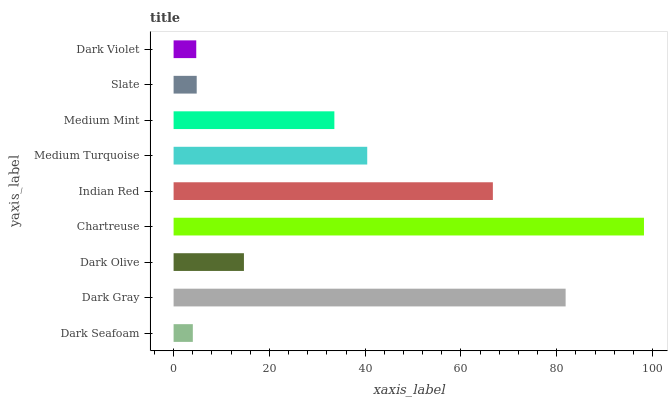
| yaxis_label | bars |
 | --- | --- |
 | Dark Seafoam | 4.02 |
 | Dark Gray | 81.9 |
 | Dark Olive | 14.7 |
 | Chartreuse | 98.2 |
 | Indian Red | 66.7 |
 | Medium Turquoise | 40.4 |
 | Medium Mint | 33.6 |
 | Slate | 4.83 |
 | Dark Violet | 4.73 |